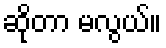
ဆိုတာ မလွယ်။